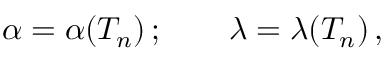
\alpha = \alpha ( T _ { n } ) \, ; \qquad \lambda = \lambda ( T _ { n } ) \, ,